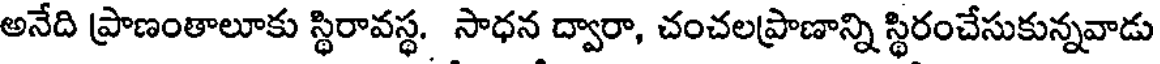
అనేది ప్రాణంతాలూకు స్థిరావస్థ. సాధన ద్వారా, చంచలప్రాణాన్ని స్థిరంచేసుకున్నవాడు